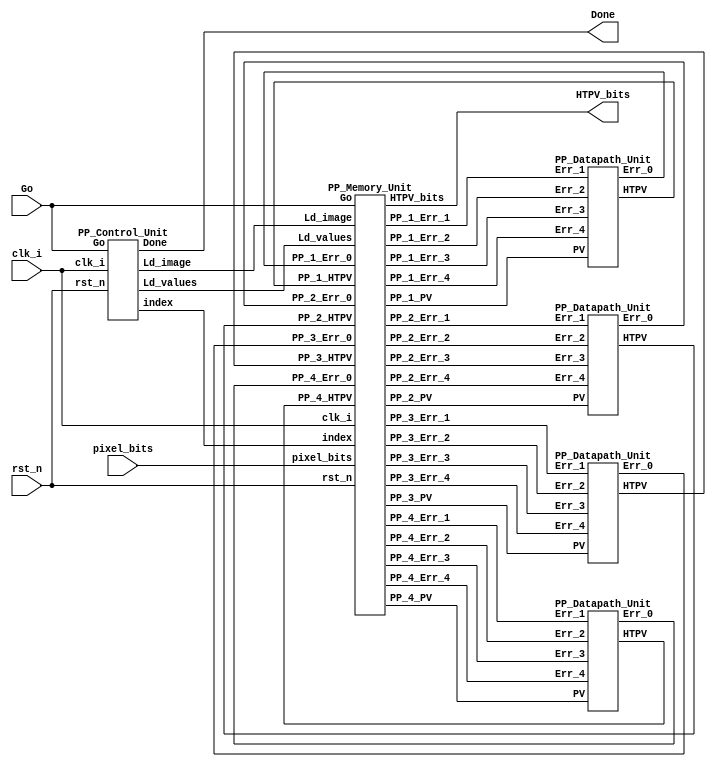
`timescale 1ns / 1ps
//////////////////////////////////////////////////////////////////////////////////
// Company: 
// Engineer: 
// 
// Design Name: 
// Module Name:    Image_Converter_Concurrent_Processors 
// Project Name: 
// Target Devices: 
// Tool versions: 
// Description: 
//
// Dependencies: 
//
// Revision: 
// Revision 0.01 - File Created
// Additional Comments: 
//
//////////////////////////////////////////////////////////////////////////////////
module Image_Converter_Concurrent_Processors #(parameter pixel_size = 8,N_col = 8 ,M_row = 6)
				( output [1:N_col*M_row]            HTPV_bits,   //
				  output                            Done,       //
				  input  [1:N_col*M_row*pixel_size] pixel_bits, //
				  input                             Go,clk_i,rst_n
					);
					
		wire [23:0] index;
		wire        Ld_image,Ld_values;
		
		wire [pixel_size-1:0]        PP_1_Err_1, PP_1_Err_2, PP_1_Err_3, PP_1_Err_4, PP_1_PV,//
									 PP_2_Err_1, PP_2_Err_2, PP_2_Err_3, PP_2_Err_4, PP_2_PV,
									 PP_3_Err_1, PP_3_Err_2, PP_3_Err_3, PP_3_Err_4, PP_3_PV,
									 PP_4_Err_1, PP_4_Err_2, PP_4_Err_3, PP_4_Err_4, PP_4_PV;
									 
		wire [pixel_size-1:0]        PP_1_Err_0,PP_2_Err_0,PP_3_Err_0,PP_4_Err_0; //
		
		wire 						 PP_1_HTPV,PP_2_HTPV,PP_3_HTPV,PP_4_HTPV; //
		
		
		//4
		PP_Datapath_Unit M1_Datapath ( .Err_0(PP_1_Err_0),
									   .HTPV( PP_1_HTPV),
									   .Err_1(PP_1_Err_1),
									   .Err_2(PP_1_Err_2),
									   .Err_3(PP_1_Err_3),
									   .Err_4(PP_1_Err_4),
									   .PV(PP_1_PV)
									   );
									   
		PP_Datapath_Unit M2_Datapath ( .Err_0(PP_2_Err_0),
									   .HTPV( PP_2_HTPV),
									   .Err_1(PP_2_Err_1),
									   .Err_2(PP_2_Err_2),
									   .Err_3(PP_2_Err_3),
									   .Err_4(PP_2_Err_4),
									   .PV(PP_2_PV)
									   );
									   
		PP_Datapath_Unit M3_Datapath ( .Err_0(PP_3_Err_0),
									   .HTPV( PP_3_HTPV),
									   .Err_1(PP_3_Err_1),
									   .Err_2(PP_3_Err_2),
									   .Err_3(PP_3_Err_3),
									   .Err_4(PP_3_Err_4),
									   .PV(PP_3_PV)
									   );
									   
		PP_Datapath_Unit M4_Datapath ( .Err_0(PP_4_Err_0),
									   .HTPV( PP_4_HTPV),
									   .Err_1(PP_4_Err_1),
									   .Err_2(PP_4_Err_2),
									   .Err_3(PP_4_Err_3),
									   .Err_4(PP_4_Err_4),
									   .PV(PP_4_PV)
									   );
									   
		//
		
		PP_Control_Unit M0_Controller ( .index(index),
									    .Ld_image(Ld_image),
										.Ld_values(Ld_values),
										.Done(Done),
										.Go(Go),
										.clk_i(clk_i),
										.rst_n(rst_n)
										);
									   
		//
		
		PP_Memory_Unit M5_Memory ( .HTPV_bits(HTPV_bits),
								   .PP_1_Err_1(PP_1_Err_1),.PP_1_Err_2(PP_1_Err_2),.PP_1_Err_3(PP_1_Err_3),.PP_1_Err_4(PP_1_Err_4),.PP_1_PV(PP_1_PV),
								   .PP_2_Err_1(PP_2_Err_1),.PP_2_Err_2(PP_2_Err_2),.PP_2_Err_3(PP_2_Err_3),.PP_2_Err_4(PP_2_Err_4),.PP_2_PV(PP_2_PV),
								   .PP_3_Err_1(PP_3_Err_1),.PP_3_Err_2(PP_3_Err_2),.PP_3_Err_3(PP_3_Err_3),.PP_3_Err_4(PP_3_Err_4),.PP_3_PV(PP_3_PV),
								   .PP_4_Err_1(PP_4_Err_1),.PP_4_Err_2(PP_4_Err_2),.PP_4_Err_3(PP_4_Err_3),.PP_4_Err_4(PP_4_Err_4),.PP_4_PV(PP_4_PV),
								   .PP_1_Err_0(PP_1_Err_0),.PP_2_Err_0(PP_2_Err_0),.PP_3_Err_0(PP_3_Err_0),.PP_4_Err_0(PP_4_Err_0),
								   .PP_1_HTPV(PP_1_HTPV),.PP_2_HTPV(PP_2_HTPV),.PP_3_HTPV(PP_3_HTPV),.PP_4_HTPV(PP_4_HTPV),
								   .pixel_bits(pixel_bits),
								   .index(index),
								   .Go(Go),
								   .Ld_image(Ld_image),
								   .Ld_values(Ld_values),
								   .clk_i(clk_i),
								   .rst_n(rst_n)
								   );
								   

		
		

endmodule



//

module PP_Control_Unit ( output reg [23:0] index,
						 output reg        Ld_image,Ld_values,Done,
						 input             Go,clk_i,rst_n
						);
						
		reg [4:0] state,next_state;
		
		parameter S_idle = 5'd0,S_1 = 5'd1,S_2 = 5'd2,S_3 = 5'd3,S_4 = 5'd4,S_5 = 5'd5,S_6 = 5'd6,
								S_7 = 5'd7,S_8 = 5'd8,S_9 = 5'd9,S_10 = 5'd10,S_11 = 5'd11,S_12 = 5'd12,
								S_13 = 5'd13,S_14 = 5'd14,S_15 = 5'd15,S_16 = 5'd16,S_17 = 5'd17,S_18 = 5'd18; //
								
		//
		//
		always @(posedge clk_i) begin
			if(!rst_n)
				state <= S_idle;
			else
				state <= next_state;
		end
			
		//
		always @(state,Go) begin
			Ld_values  = 0;
			next_state = S_idle; //
			case(state)
				S_idle : if(Go) next_state = S_1;
				S_18   : begin
							next_state = S_idle;
							Ld_values  = 1;
						end
				default : begin
							next_state = state + 1;
							Ld_values  = 1;
						end
			endcase
		end
		
		//
		always @ (state,Go) begin
			Done = 0;
			Ld_image = 0;
			if(state == S_idle) begin
				Done = 1;
				if(Go)
					Ld_image = 1;
			end
		end
		
		//
		always @(state) begin
			index = 0;
			case(state)
				S_idle  : index = {{6'd0},{6'd0},{6'd0},{6'd0}};
				S_1     : index = {{6'd1},{6'd0},{6'd0},{6'd0}};
				S_2     : index = {{6'd2},{6'd0},{6'd0},{6'd0}};
				S_3     : index = {{6'd3},{6'd9},{6'd0},{6'd0}};
				S_4     : index = {{6'd4},{6'd10},{6'd0},{6'd0}};
				S_5     : index = {{6'd5},{6'd11},{6'd17},{6'd0}};
				S_6     : index = {{6'd6},{6'd12},{6'd18},{6'd0}};
				S_7     : index = {{6'd7},{6'd13},{6'd19},{6'd25}};
				S_8     : index = {{6'd8},{6'd14},{6'd20},{6'd26}};
				S_9     : index = {{6'd15},{6'd21},{6'd27},{6'd33}};
				S_10    : index = {{6'd16},{6'd22},{6'd28},{6'd34}};
				S_11    : index = {{6'd23},{6'd29},{6'd35},{6'd41}};
				S_12    : index = {{6'd24},{6'd30},{6'd36},{6'd42}};
				S_13    : index = {{6'd0},{6'd31},{6'd37},{6'd43}};
				S_14    : index = {{6'd0},{6'd32},{6'd38},{6'd44}};
				S_15    : index = {{6'd0},{6'd0},{6'd39},{6'd45}};
				S_16    : index = {{6'd0},{6'd0},{6'd40},{6'd46}};
				S_17    : index = {{6'd0},{6'd0},{6'd0},{6'd47}};
				S_18    : index = {{6'd0},{6'd0},{6'd0},{6'd48}};
				default : index = 0;
			endcase
		end
		
endmodule //: PP_Control_Unit
				
				
//
module PP_Datapath_Unit #(parameter pixel_size = 8)
						( output [pixel_size-1:0] Err_0,
						  output                  HTPV,
						  input  [pixel_size-1:0] Err_1,Err_2,Err_3,Err_4,PV
							);
							
		wire [pixel_size+1:0] CPV,CPV_round,E_av;
		
		parameter w1 = 2, w2 = 8, w3 = 4, w4 = 2; //
		parameter Threshold = 128;//
		
		assign E_av      = (w1 * Err_1 + w2 * Err_2 + w3 * Err_3 + w4 * Err_4) >> 4;
		assign CPV       = PV + E_av;
		assign CPV_round = (CPV < Threshold) ? 0 : 255;
		assign HTPV      = (CPV_round == 0) ? 0 : 1;
		assign Err_0     = CPV - CPV_round;
		
endmodule

//
module PP_Memory_Unit #(parameter pixel_size = 8,N_col = 8 ,M_row = 6)
					( output      [1:N_col*M_row]  HTPV_bits,
					  output  reg [pixel_size-1:0] PP_1_Err_1,PP_1_Err_2,PP_1_Err_3,PP_1_Err_4,PP_1_PV,
												   PP_2_Err_1,PP_2_Err_2,PP_2_Err_3,PP_2_Err_4,PP_2_PV,
												   PP_3_Err_1,PP_3_Err_2,PP_3_Err_3,PP_3_Err_4,PP_3_PV,
												   PP_4_Err_1,PP_4_Err_2,PP_4_Err_3,PP_4_Err_4,PP_4_PV,
					  input       [pixel_size-1:0] PP_1_Err_0,PP_2_Err_0,PP_3_Err_0,PP_4_Err_0,
					  input                        PP_1_HTPV,PP_2_HTPV,PP_3_HTPV,PP_4_HTPV,
					  input       [1:N_col*M_row*pixel_size] pixel_bits,
					  input       [23:0] 					 index,
					  input                                  Go,clk_i,rst_n,Ld_image,Ld_values
						);
						
	reg [pixel_size-1:0] PV [1:N_col][1:M_row];//
	
	reg HTPV [1:N_col][1:M_row];//
	
	reg [pixel_size-1:0] Err [0:N_col + 1][0:M_row];//
	
	genvar nn,mm;
	generate
		for (mm = 1; mm <= M_row; mm = mm + 1) begin:HTPV_row_loop
			for(nn = 1; nn <= N_col; nn = nn + 1) begin : HTPV_col_loop
				assign HTPV_bits[(mm - 1) * N_col + nn] = HTPV[nn][mm];
			end
		end
	endgenerate
	
	wire [5:0] index_1 = index[23:18],
			   index_2 = index[17:12],
			   index_3 = index[11:6],
			   index_4 = index[5:0]; //
			   
	
	always @(index_1) begin  //1
		case(index_1)
		
			1,2,3,4,5,6,7,8 : begin
								PP_1_Err_1 = Err[index_1 - 1][1];  //N * M
								PP_1_Err_2 = Err[index_1 - 1][0];
								PP_1_Err_3 = Err[index_1][0];
								PP_1_Err_4 = Err[index_1 + 1][0];
								PP_1_PV    = PV [index_1][1];
							end
							
			15,16           :  begin
								PP_1_Err_1 = Err[index_1 - 1 - 8][2];
								PP_1_Err_2 = Err[index_1 - 1 - 8][1];
								PP_1_Err_3 = Err[index_1 - 1 - 7][1];
								PP_1_Err_4 = Err[index_1 - 1 - 6][1];
								PP_1_PV    = PV[index - 1 - 7][2];
							end
							
			23,24           : begin
								PP_1_Err_1 = Err[index_1 - 1 - 16][3];
								PP_1_Err_2 = Err[index_1 - 1 - 16][2];
								PP_1_Err_3 = Err[index_1 - 16][2];
								PP_1_Err_4 = Err[index_1 - 1 - 15][2];
								PP_1_PV    = PV[index - 16][3];
							end
							
			default         : begin 
								PP_1_Err_1 = 8'bx;
								PP_1_Err_2 = 8'bx;
								PP_1_Err_3 = 8'bx;
								PP_1_Err_4 = 8'bx;
								PP_1_PV    = 8'bx;
							end
		endcase
	end
								
	
	always 	@(index_2) begin //2
		case (index_2)
			
			9,10,11,12,13,14 : begin
								PP_2_Err_1 = Err[index_2 - 1 - 8][2];  //N * M
								PP_2_Err_2 = Err[index_2 - 1 - 8][1];
								PP_2_Err_3 = Err[index_2 - 8][1];
								PP_2_Err_4 = Err[index_2 - 7][1];
								PP_2_PV    = PV [index_2 - 8][2];
							end
							
			21,22            : begin
								PP_2_Err_1 = Err[index_2 - 1 - 16][3];  //N * M
								PP_2_Err_2 = Err[index_2 - 1 - 16][2];
								PP_2_Err_3 = Err[index_2 - 1 - 15][2];
								PP_2_Err_4 = Err[index_2 - 1 - 14][2];
								PP_2_PV    = PV [index_2 - 16][3];
							end
			
							
			29,30,31,32      : begin
								PP_2_Err_1 = Err[index_2 - 1 - 24][4];  //N * M
								PP_2_Err_2 = Err[index_2 - 1 - 24][3];
								PP_2_Err_3 = Err[index_2 - 1 - 23][3];
								PP_2_Err_4 = Err[index_2 - 1 - 22][3];
								PP_2_PV    = PV [index_2 - 24][4];
							end
							
			default          : begin
								PP_2_Err_1 = 8'bx;
								PP_2_Err_2 = 8'bx;
								PP_2_Err_3 = 8'bx;
								PP_2_Err_4 = 8'bx;
								PP_2_PV    = 8'bx;
							end
		endcase
	end
								
	always 	@(index_3) begin //3
		case (index_3)
			
			17,18,19,20     : begin
								PP_3_Err_1 = Err[index_3 - 1 - 16][3];  //N * M
								PP_3_Err_2 = Err[index_3 - 1 - 16][2];
								PP_3_Err_3 = Err[index_3 - 1 - 15][2];
								PP_3_Err_4 = Err[index_3 - 1 - 14][2];
								PP_3_PV    = PV [index_3 - 16][3];
							end
							
			27,28           : begin
								PP_3_Err_1 = Err[index_3 - 1 - 24][4];  //N * M
								PP_3_Err_2 = Err[index_3 - 1 - 24][3];
								PP_3_Err_3 = Err[index_3 - 1 - 23][3];
								PP_3_Err_4 = Err[index_3 - 1 - 22][3];
								PP_3_PV    = PV [index_3 - 24][4];
							end
							
			35,36,37,38,39,40 : begin
								PP_3_Err_1 = Err[index_3 - 1 - 32][5];  //N * M
								PP_3_Err_2 = Err[index_3 - 1 - 32][4];
								PP_3_Err_3 = Err[index_3 - 1 - 31][4];
								PP_3_Err_4 = Err[index_3 - 1 - 30][4];
								PP_3_PV    = PV [index_3 - 32][5];
							end
			
			default          : begin
								PP_3_Err_1 = 8'bx;
								PP_3_Err_2 = 8'bx;
								PP_3_Err_3 = 8'bx;
								PP_3_Err_4 = 8'bx;
								PP_3_PV    = 8'bx;
							end
		endcase
	end
		
	
	always 	@(index_4) begin //4
		case (index_4)
			
			25,26          : begin
								PP_4_Err_1 = Err[index_4 - 1 - 24][4];  //N * M
								PP_4_Err_2 = Err[index_4 - 1 - 24][3];
								PP_4_Err_3 = Err[index_4 - 1 - 23][3];
								PP_4_Err_4 = Err[index_4 - 1 - 22][3];
								PP_4_PV    = PV [index_4 - 24][4];
							end
							
			33,34          : begin
								PP_4_Err_1 = Err[index_4 - 1 - 32][5];  //N * M
								PP_4_Err_2 = Err[index_4 - 1 - 32][4];
								PP_4_Err_3 = Err[index_4 - 1 - 31][4];
								PP_4_Err_4 = Err[index_4 - 1 - 30][4];
								PP_4_PV    = PV [index_4 - 32][5];
							end
							
			41,42,43,44,45,46,47,48 : begin
										PP_4_Err_1 = Err[index_4 - 1 - 40][6];  //N * M
										PP_4_Err_2 = Err[index_4 - 1 - 40][5];
										PP_4_Err_3 = Err[index_4 - 1 - 39][5];
										PP_4_Err_4 = Err[index_4 - 1 - 38][5];
										PP_4_PV    = PV [index_4 - 40][6];
									end
			
			default :         begin
								PP_4_Err_1 = 8'bx;
								PP_4_Err_2 = 8'bx;
								PP_4_Err_3 = 8'bx;
								PP_4_Err_4 = 8'bx;
								PP_4_PV    = 8'bx;
							end
		endcase
	end
	
	
	integer n,m;
	
	always @ (posedge clk_i) begin
		
		if(!rst_n) begin
			for(m = 0; m <= M_row ; m = m + 1)
				for(n = 0 ;n <= N_col + 1; n = n + 1)
					Err[n][m] <= 0;
			
			for(m = 1; m <= M_row ; m = m + 1)
				for(n = 1 ;n <= N_col ; n = n + 1)
					PV[n][m] <= 0;
		end
	
	
		else if(Ld_image) begin : Array_Initialization	
			for(m = 1; m <= M_row ; m = m + 1) begin : row_loop
				for(n = 1; n <= N_col ; n = n + 1) begin : col_loop
					Err[n][m] <= 0;
					PV[n][m]  <= pixel_bits[(m-1) * N_col * pixel_size + (n-1) * pixel_size + 1 +: pixel_size];
				end
			end
		end
		
	    else if(Ld_values) begin : Image_Conversion
			
			case(index_1)
				
				1,2,3,4,5,6,7,8 : begin
									Err [index_1][1]  <= PP_1_Err_0;
									HTPV[index_1][1]  <= PP_1_HTPV;
								 end
								 
				15,16           : begin
									Err [index_1 - 8][2] <= PP_1_Err_0;
									HTPV[index_1 - 8][2] <= PP_1_Err_0;
								end
								
				23,24           : begin	
									Err [index_1 - 16][3] <= PP_1_Err_0;
									HTPV[index_1 - 16][3] <= PP_1_Err_0;
								end
				
			endcase
			
			case(index_2)
				
				9,10,11,12,13,14 : begin
									Err [index_2 - 8][2]  <= PP_2_Err_0;
									HTPV[index_2 - 8][2]  <= PP_2_HTPV;
								 end
								 
				21,22           : begin
									Err [index_2 - 16][3] <= PP_2_Err_0;
									HTPV[index_2 - 16][3] <= PP_2_Err_0;
								end
								
				29,30,31,32     : begin	
									Err [index_2 - 24][4] <= PP_2_Err_0;
									HTPV[index_2 - 24][4] <= PP_2_Err_0;
								end
				
			endcase
					
			case(index_3)
				
				17,18,19,20 : begin
									Err [index_3 - 16][3]  <= PP_3_Err_0;
									HTPV[index_3 - 16][3]  <= PP_3_HTPV;
								 end
								 
				27,28           : begin
									Err [index_3 - 24][4] <= PP_3_Err_0;
									HTPV[index_3 - 24][4] <= PP_3_Err_0;
								end
								
				35,36,37,38,39,40     : begin	
											Err [index_3 - 32][5] <= PP_3_Err_0;
											HTPV[index_3 - 32][5] <= PP_3_Err_0;
										end
				
			endcase
			
			case(index_4)
				
				25,26          : begin
									Err [index_4 - 24][3]  <= PP_4_Err_0;
									HTPV[index_4 - 24][3]  <= PP_4_HTPV;
								 end
								 
				33,34           : begin
									Err [index_4 - 32][5] <= PP_4_Err_0;
									HTPV[index_4 - 32][3] <= PP_4_Err_0;
								end
								
				41,42,43,44,45,46,47,48     : begin	
												Err [index_2 - 40][6] <= PP_4_Err_0;
												HTPV[index_2 - 40][6] <= PP_4_Err_0;
											end
				
			endcase
			
		end
		
	end
	
endmodule